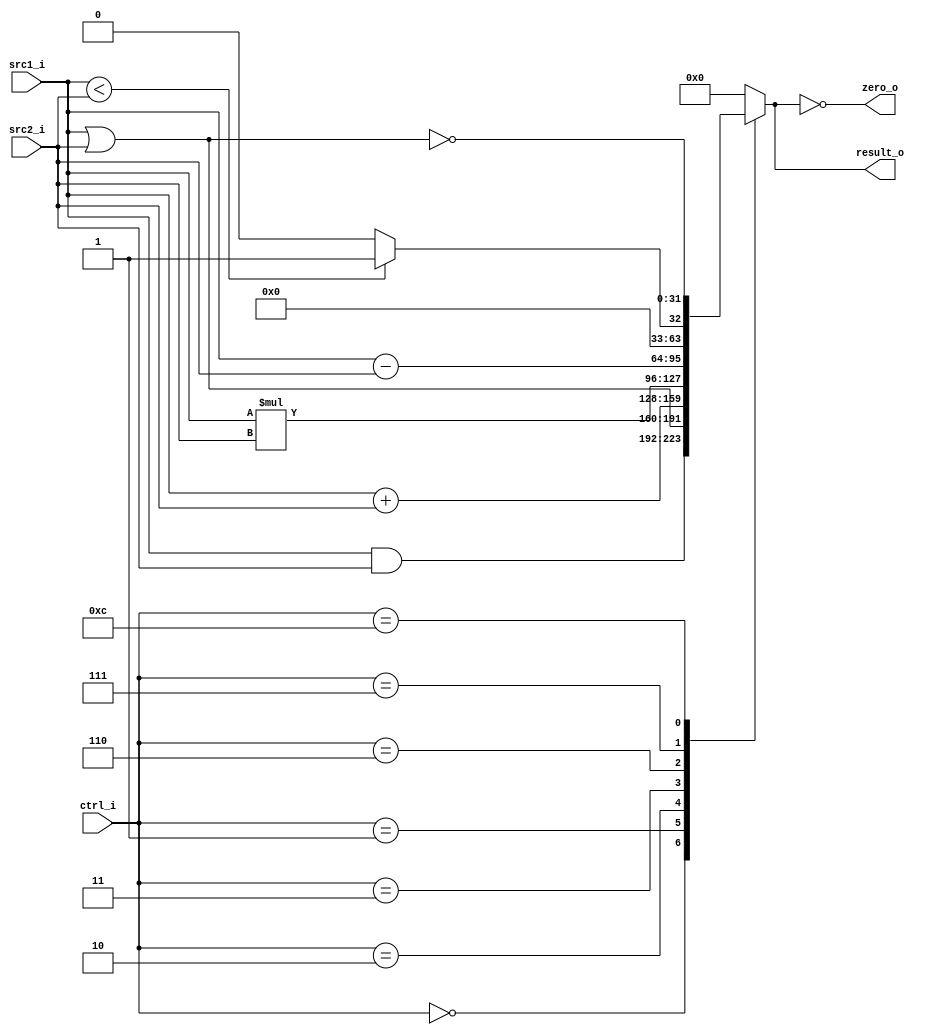
`timescale 1ns/1ps
module ALU(
    src1_i,
	src2_i,
	ctrl_i,
	result_o,
	zero_o
);
     
//IO ports
input signed [32-1:0]  src1_i;
input signed [32-1:0]  src2_i;
input  [4-1:0]   ctrl_i;

output [32-1:0]	 result_o;
output           zero_o;

//Internal signals
reg    [32-1:0]  result_o;
wire             zero_o;

assign zero_o = (result_o == 0);

always @(ctrl_i, src1_i, src2_i) begin
	case (ctrl_i)
		0 : result_o <= src1_i & src2_i;
		1 : result_o <= src1_i | src2_i;
		2 : result_o <= src1_i + src2_i;
		3 : result_o <= src1_i * src2_i;
		6 : result_o <= src1_i - src2_i;
		7 : result_o <= (src1_i < src2_i ? 1 : 0);
		12: result_o <= ~(src1_i | src2_i);
		default: result_o <= 0;
	endcase
end

endmodule